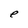
Character: e